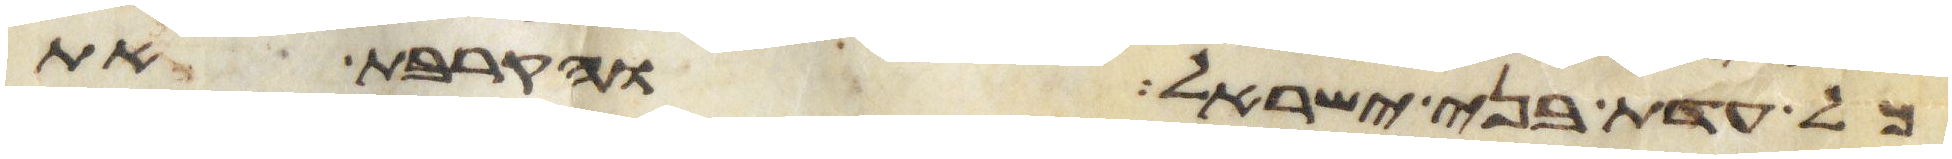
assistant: כל עדת בני ישראל והקרבת את